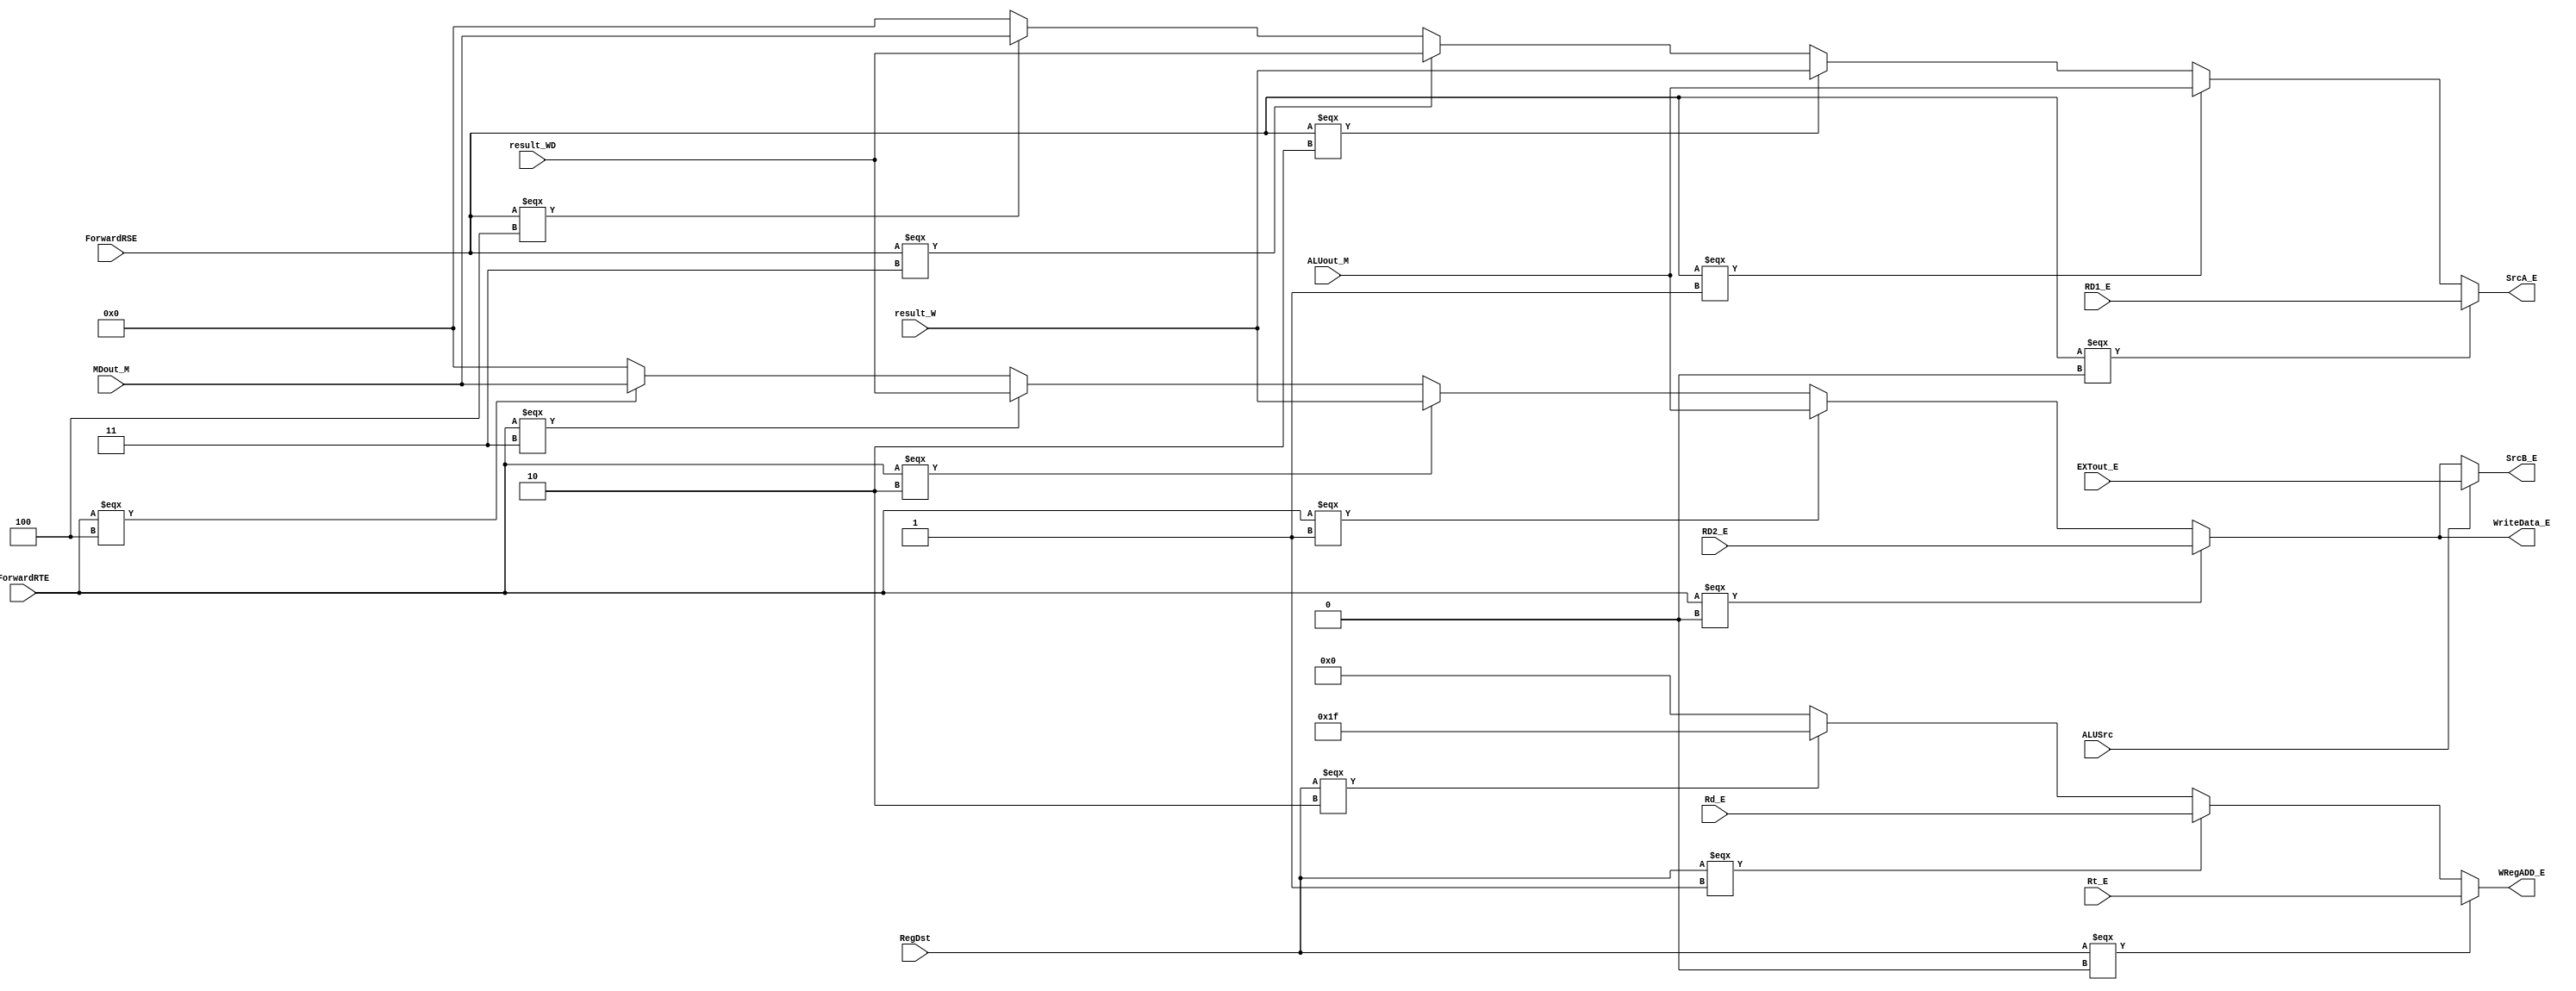
`timescale 1ns / 1ps
//////////////////////////////////////////////////////////////////////////////////
// Company: 
// Engineer: 
// 
// Design Name: 
// Module Name:    EX_MUX 
// Project Name: 
// Target Devices: 
// Tool versions: 
// Description: 
//
// Dependencies: 
//
// Revision: 
// Revision 0.01 - File Created
// Additional Comments: 
//
//////////////////////////////////////////////////////////////////////////////////
module EX_MUX(
	 input ALUSrc,
	 input [2:0] ForwardRSE,
	 input [2:0] ForwardRTE,
	 input [1:0] RegDst,
	 input [4:0] Rt_E,
	 input [4:0] Rd_E,
	 input [31:0] EXTout_E,
	 input [31:0] RD1_E,
	 input [31:0] RD2_E,
	 input [31:0] result_W,
	 input [31:0] result_WD,
	 input [31:0] ALUout_M,
	 input [31:0] MDout_M,
	 output [4:0] WRegADD_E,
	 output [31:0] SrcA_E,
	 output [31:0] SrcB_E,
	 output [31:0] WriteData_E
    );
	 
	 parameter RT = 0;
	 parameter RD = 1;
	 parameter JJ = 2; //31
	 
	 
	 assign WRegADD_E = 
		(RegDst === RT)?Rt_E:
		(RegDst === RD)?Rd_E:
		(RegDst === JJ)?5'd31:0;
	 
	 assign SrcA_E = 
		(ForwardRSE === 0)?RD1_E:
		(ForwardRSE === 1)?ALUout_M:
		(ForwardRSE === 2)?result_W:
		(ForwardRSE === 3)?result_WD:
		(ForwardRSE === 4)?MDout_M:0;
		
	 assign SrcB_E = 
		(ALUSrc)?EXTout_E:
		(ForwardRTE === 0)?RD2_E:
		(ForwardRTE === 1)?ALUout_M:
		(ForwardRTE === 2)?result_W:
		(ForwardRTE === 3)?result_WD:
		(ForwardRTE === 4)?MDout_M:0;
	 
	 assign WriteData_E = 
		(ForwardRTE === 0)?RD2_E:
		(ForwardRTE === 1)?ALUout_M:
		(ForwardRTE === 2)?result_W:
		(ForwardRTE === 3)?result_WD:
		(ForwardRTE === 4)?MDout_M:0;
	 
endmodule